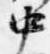
中